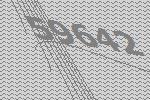
59642